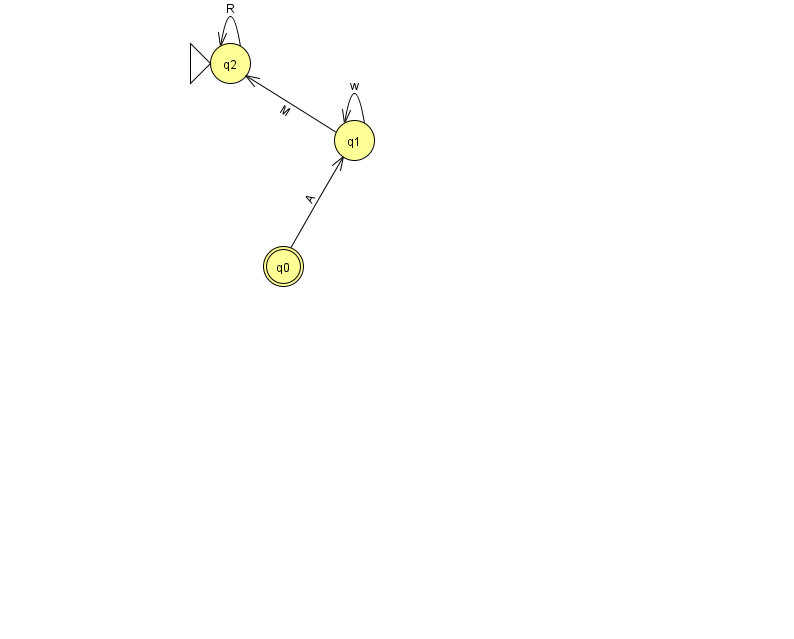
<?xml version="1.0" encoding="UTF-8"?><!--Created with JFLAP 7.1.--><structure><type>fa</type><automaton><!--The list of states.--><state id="0" name="q0"><x>283.0</x><y>253.0</y><final/></state><state id="1" name="q1"><x>354.0</x><y>127.0</y></state><state id="2" name="q2"><x>230.0</x><y>50.0</y><initial/></state><!--The list of transitions.--><transition><from>2</from><to>2</to><read>R</read></transition><transition><from>1</from><to>1</to><read>w</read></transition><transition><from>0</from><to>1</to><read>A</read></transition><transition><from>1</from><to>2</to><read>M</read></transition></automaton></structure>